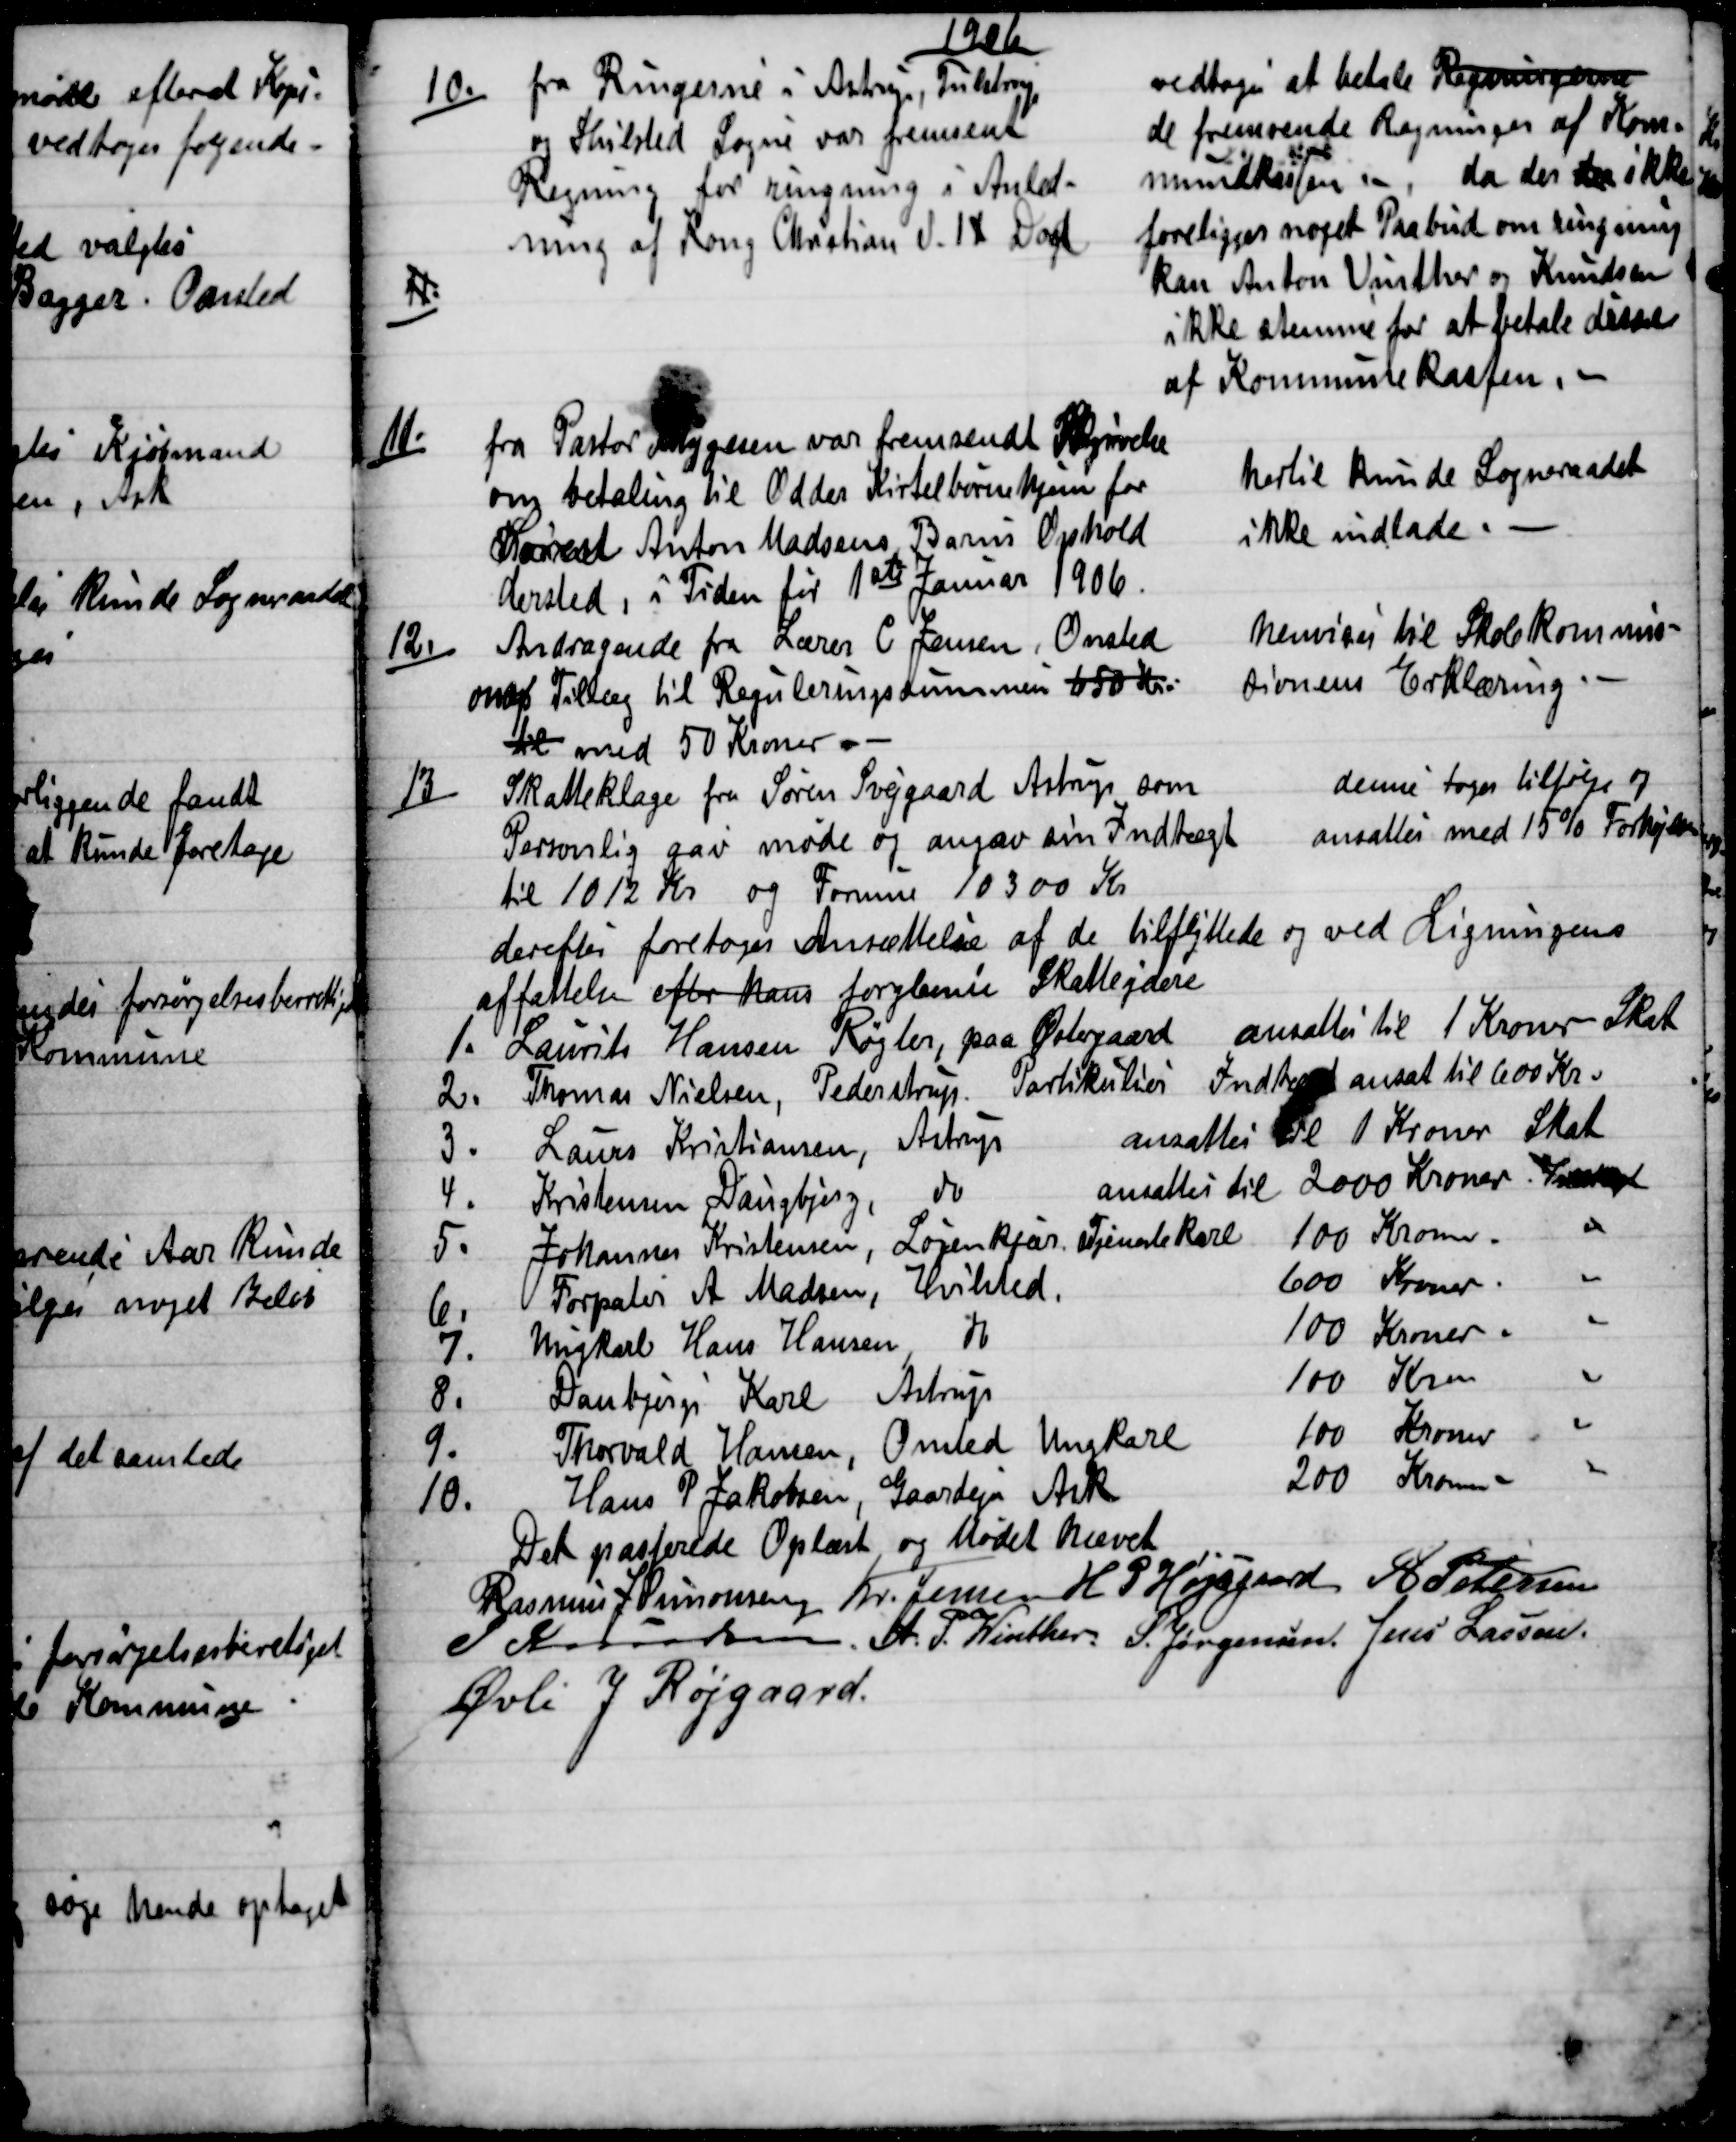
Transskription:
1906
10.
 fra Ringerne i Astrup, Tulstrup
og Hvilsted Sogne var fremsendt
Regning for ringning i Anled-
ning af Kong Christian d. IX Død.
vedtoges at betale Regningerne
de fremsende Regninger af Kom-
munekassen
da der der ikke
foreligger noget Paabud om ringning
kan Anton Vinther og Knudsen
ikke stemme for at betale disse
af Kommunekassen. 
11)
11.)
fra Pastor Thygesen var fremsendt Skrivelse
om betaling til Odder Kirtelbørnehjem for
Søren Anton Madsens Barns Ophold
dersted, i Tiden før 1ste Januar 1906.
hertil kunde Sogneraadet
ikke indlade.
12.)
Andragende fra Lærer C. Jensen, Onsted
om Tillæg til Reguleringssummen 650 Kr.
til med 50 Kroner.
henvises til Skolekommis-
sionens Erklæring.
13.) 
Skatteklage fra Søren Svejgaard Astrup som
Personlig gav møde og angav sin Indtægt 
til 1012 Kr og Formue 10300 Kr
denne toges tilfølge og
ansattes med 15 % Forhøjelse
derefter foretoges Ansættelse af de tilflyttede og ved Ligningens
affattelse efter hans forglemte Skatteydere
1.
Laurits Hansen Røgter, paa Østergaard ansattes til 1 Kroner Skat
2.
Thomas Nielsen, Pederstrup. Partikulier Indtægt ansat til 600 Kr.
3.
Laurs Kristiansen, Astrup   
ansattes til 1 Kroner Skat
4.
Kristensen Daugbjerg, do
ansattes til 2000 Kroner. Indtægt
5.
Johannes Kristensen, Løjenkjær. Tjenestekarl 100 Kroner.  
6.
Forpagter A. Madsen, Hvilsted. 
600 Kroner.   
7.
Ungkarl Hans Hansen do
100 Kroner
8.
Daubjergs Karl Astrup
100 Kroner
9.
Thorvald Hansen, Onsted Ungkarl
100 Kroner
10.
Hans P Jakobsen, Gaardejer Ask
200 kroner
Det passerede Oplæst og Mødet hævet
Rasmus J Simonsen  Kr. Jensen  H P Højsgaard  A Petersen
J Knudsen. A. P. Winther. S. Jørgensen. Jens Lassen.
Øvli J Røjgaard.